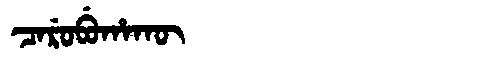
Manchu: ᠴᠠᡵᡠᠪᡠᡥᠠᡴᡡ
Romanization: CARUBUHAKŪ